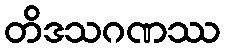
တိဒသဂဏဿ